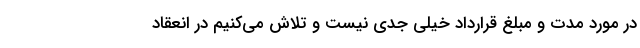
در مورد مدت و مبلغ قرارداد خیلی جدی نیست و تلاش می‌کنیم در انعقاد